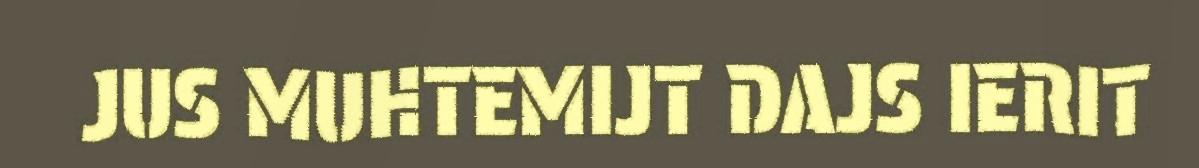
JUS MUHTEMIJT DAJS IERIT